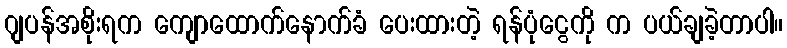
ဂျပန်အစိုးရက ကျောထောက်နောက်ခံ ပေးထားတဲ့ ရန်ပုံငွေကို က ပယ်ချခဲ့တာပါ။